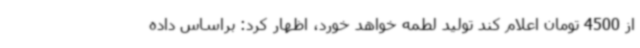
از 4500 تومان اعلام کند تولید لطمه خواهد خورد، اظهار کرد: براساس داده